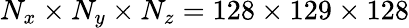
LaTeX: N_{x}\times N_{y}\times N_{z}=128\times 129\times 128